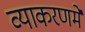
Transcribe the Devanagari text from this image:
व्याकरणमें